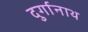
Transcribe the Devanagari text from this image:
दुर्गानाथ